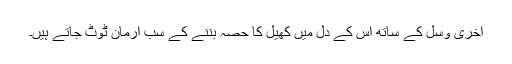
آخری وسل کے ساتھ اس کے دل میں کھیل کا حصہ بننے کے سب ارمان ٹوٹ جاتے ہیں۔